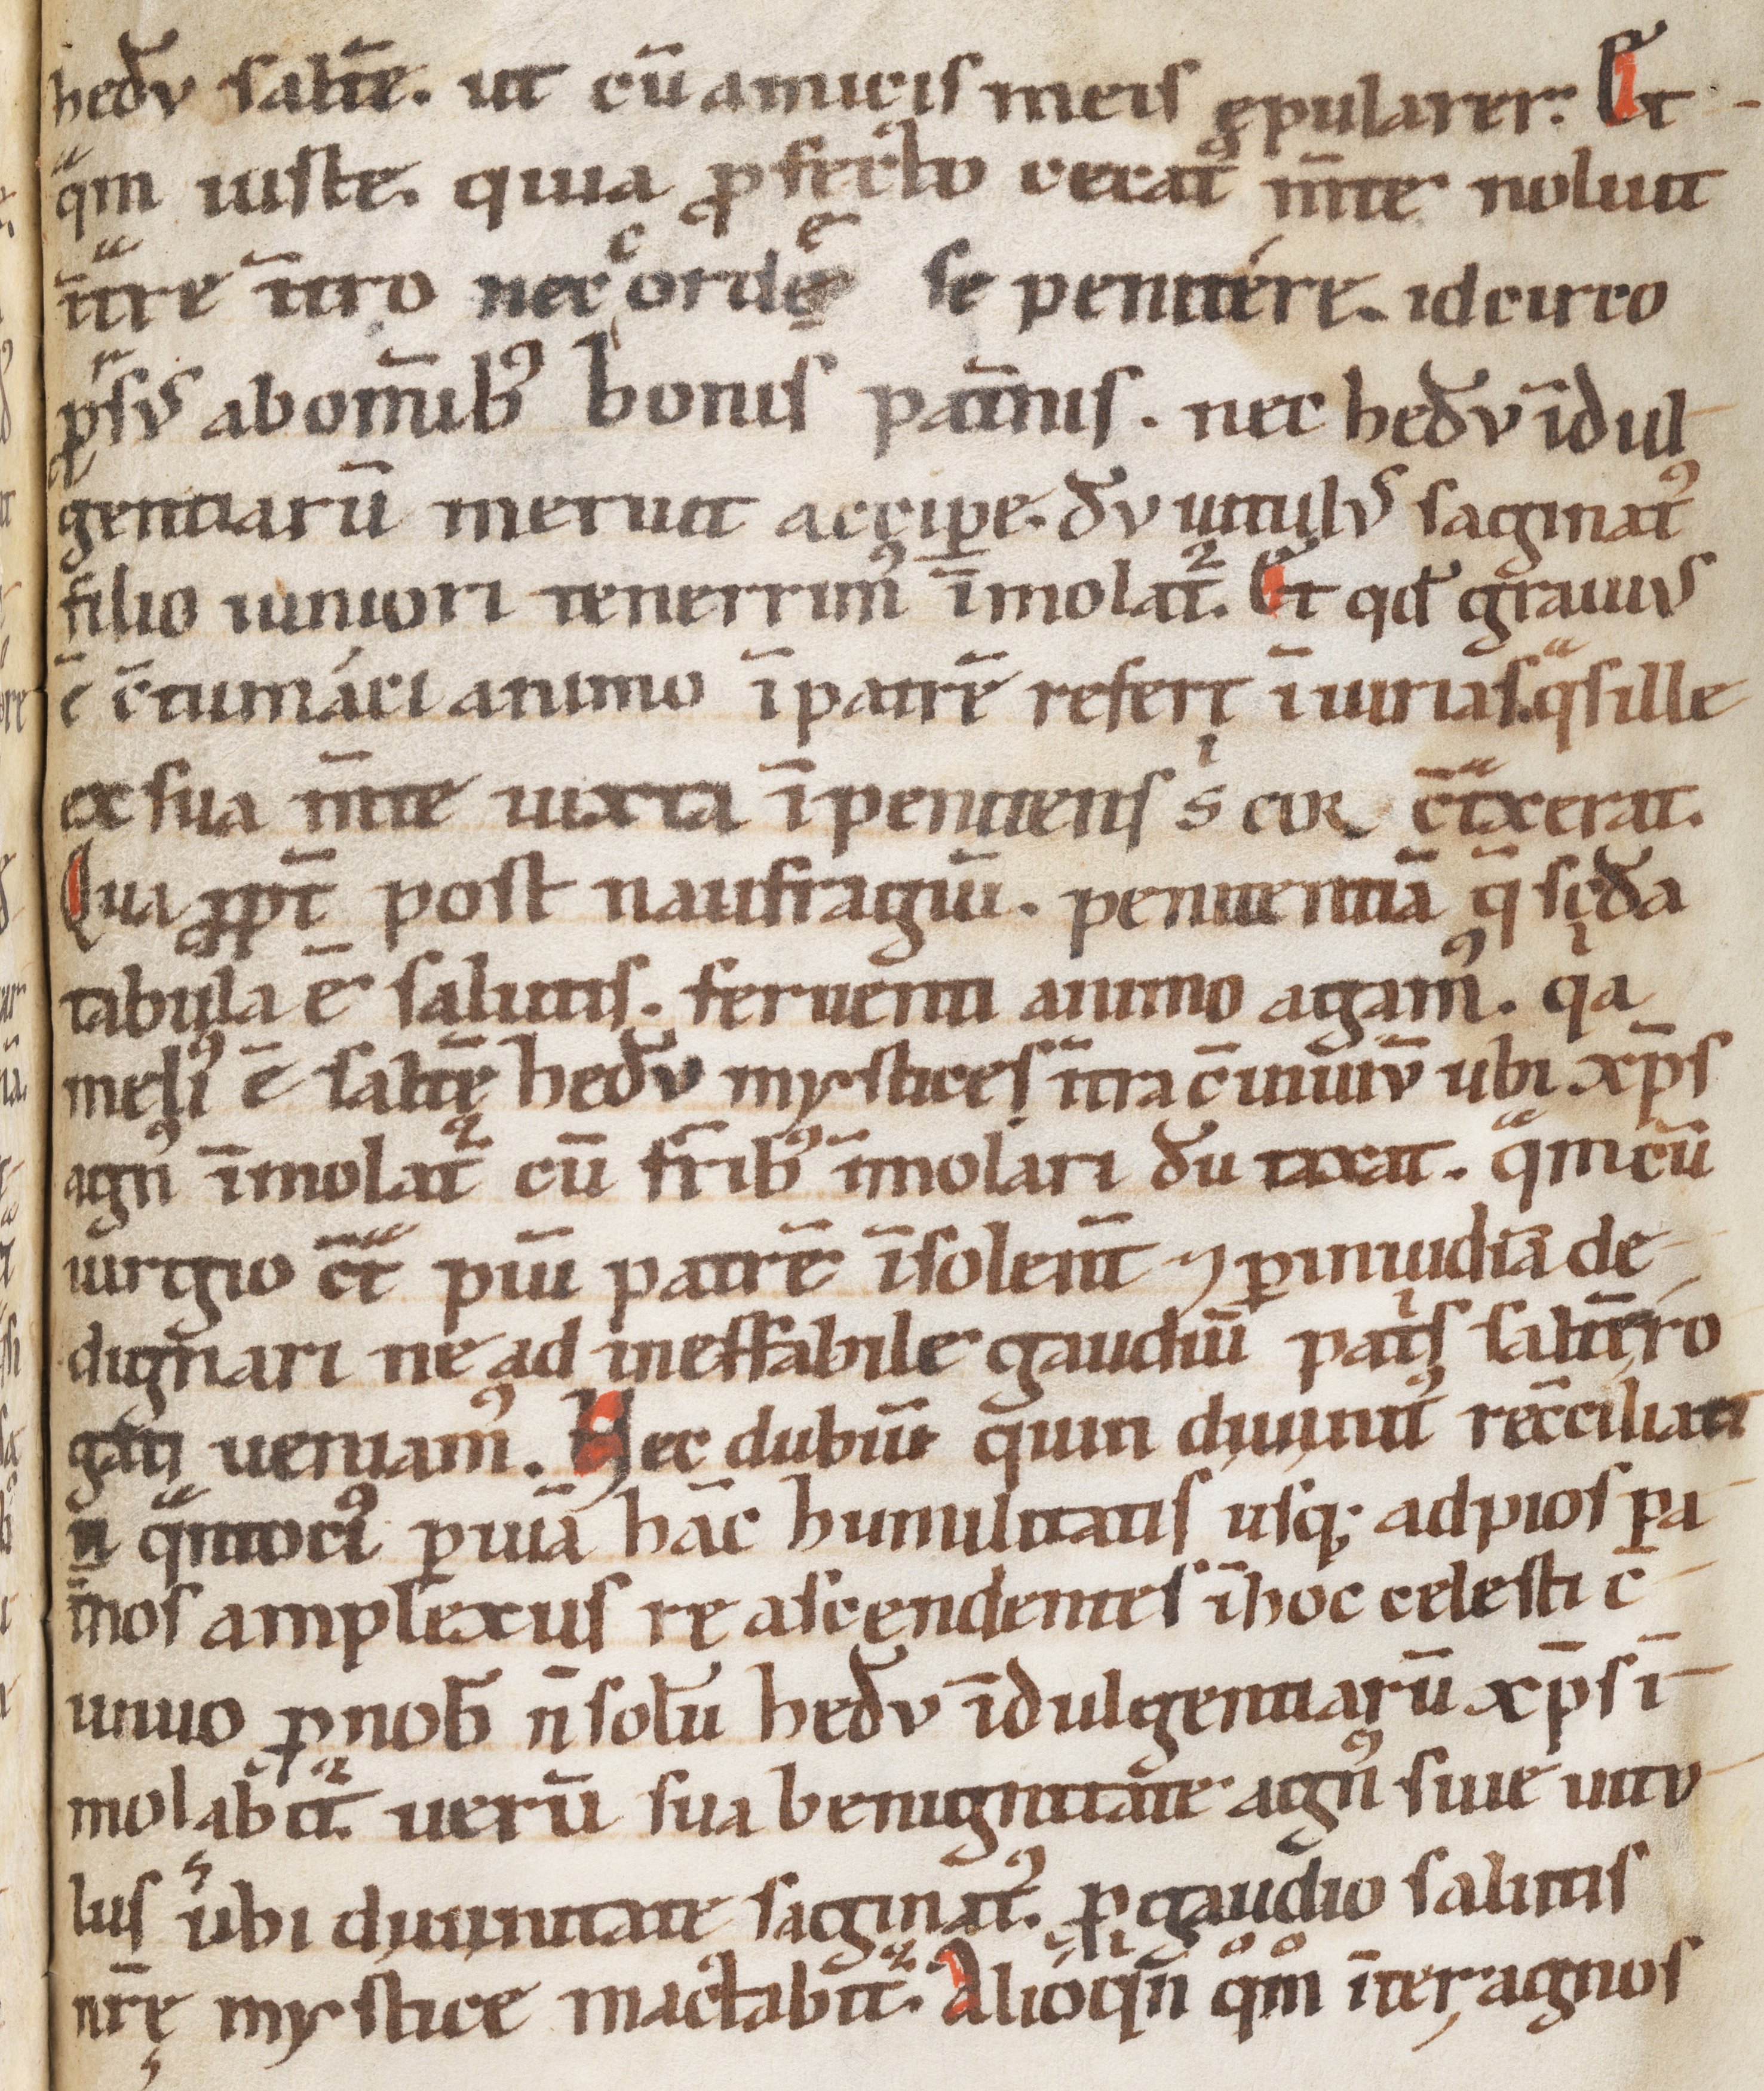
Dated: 1100–1199